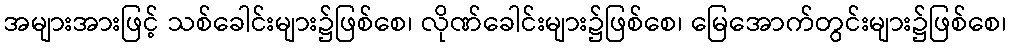
အများအားဖြင့် သစ်ခေါင်းများ၌ဖြစ်စေ၊ လိုဏ်ခေါင်းများ၌ဖြစ်စေ၊ မြေအောက်တွင်းများ၌ဖြစ်စေ၊